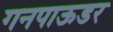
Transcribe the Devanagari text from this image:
गनपाऊडर